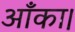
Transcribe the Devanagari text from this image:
आँका।